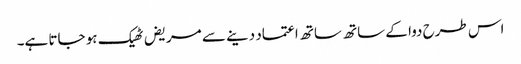
اس طرح دوا کے ساتھ ساتھ اعتماد دینے سے مریض ٹھیک ہو جاتا ہے۔